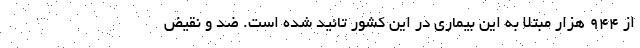
از 944 هزار مبتلا به این بیماری در این کشور تائید شده است. ضد و نقیض